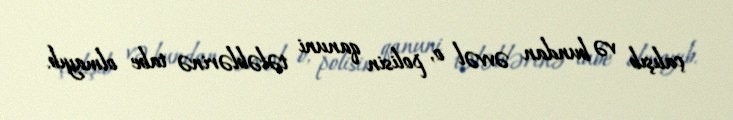
çalışıb və bundan əvvəl o, polisin qanuni tələblərinə tabe olmayıb.